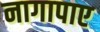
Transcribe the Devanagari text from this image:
नागापाए